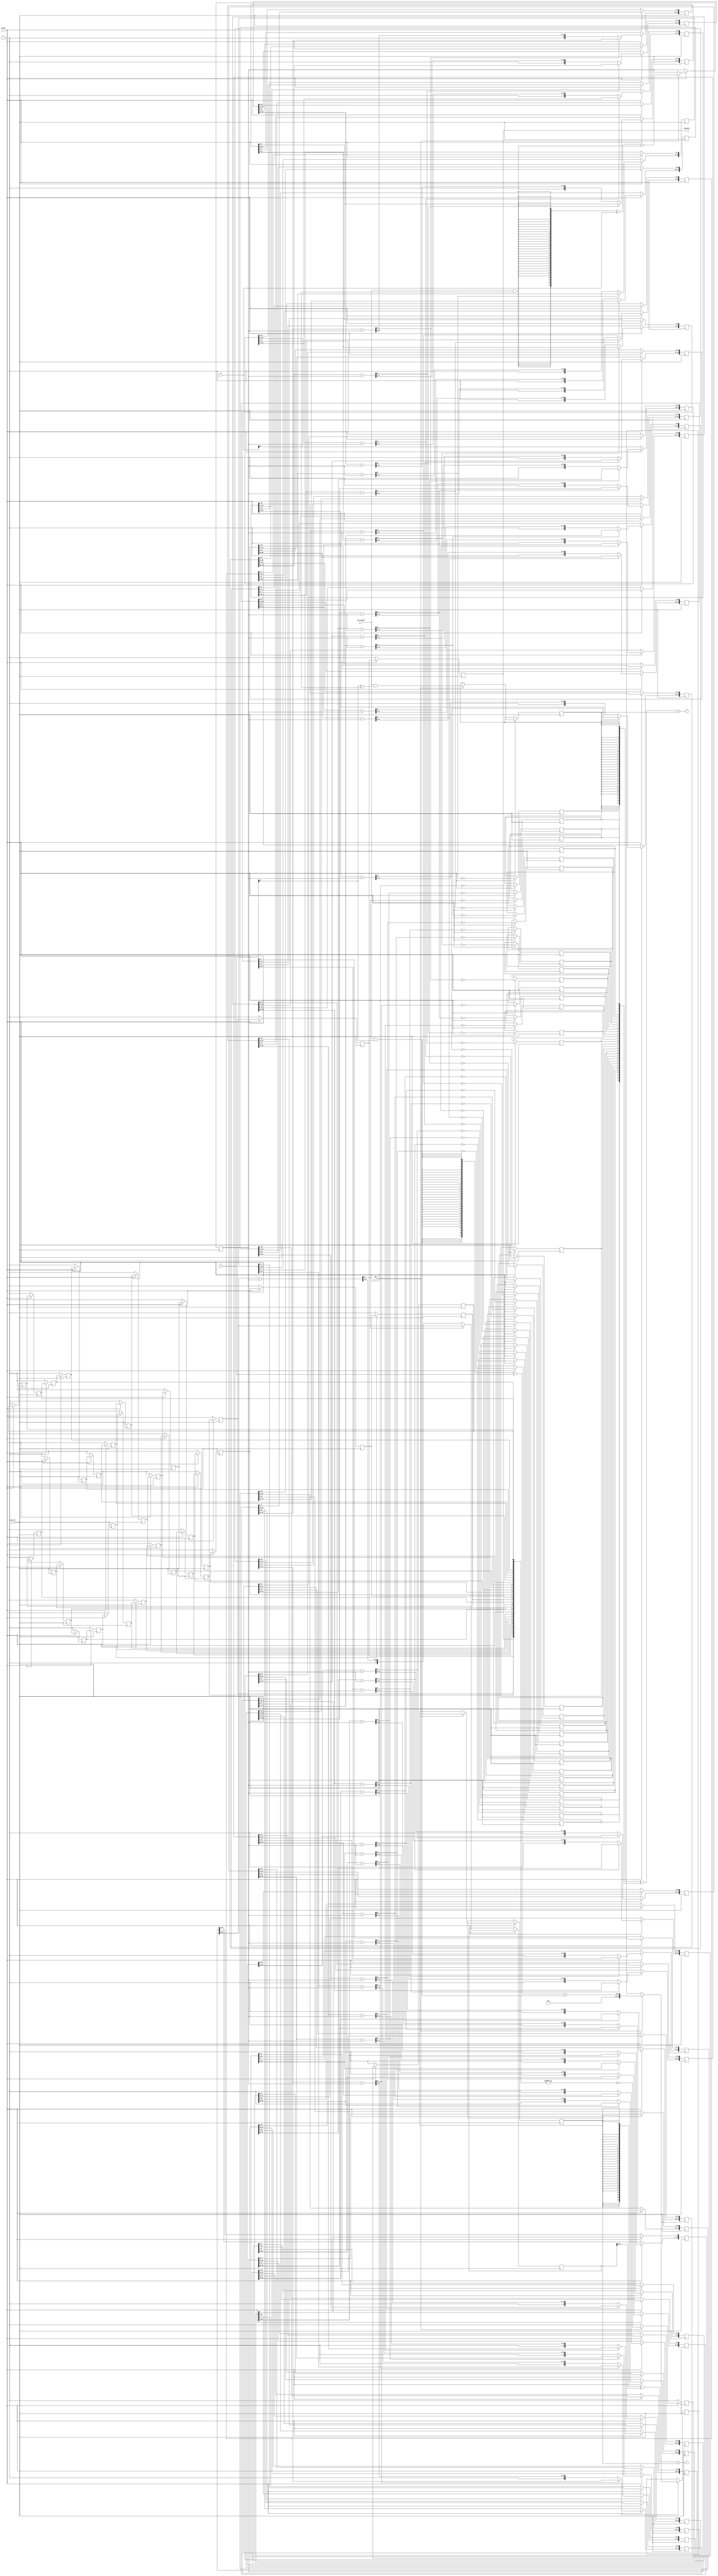
`timescale 10ns / 1ns
module div(
	input  wire        div_clk,
	input  wire        resetn,
	input  wire        div,
	input  wire        div_signed,
	input  wire [31:0] x,
	input  wire [31:0] y,
	output wire [31:0] s,
	output wire [31:0] r,
	output wire 	   complete
);

	reg           start;
	wire          x_sign;
	wire          y_sign;
	wire          s_sign;
	wire          r_sign;
	reg           s_sign_r;
	reg           r_sign_r;
	wire [  31:0] x_0;
	wire [  31:0] y_0;
	reg  [  63:0] x_div;
	reg  [  31:0] y_div;
	reg  [  31:0] count;
	wire [1055:0] divt;
	reg  [  31:0] s_r;
    reg  [2047:0] x_tmp;

	assign x_sign   = div_signed & x[31];
	assign y_sign   = div_signed & y[31];
	assign s_sign   = div_signed & (x[31] ^ y[31]);
	assign r_sign   = x_sign;
	assign s        = ({32{s_sign_r}}^s_r) + {30'd0,s_sign_r}; 
	assign r        = ({32{r_sign_r}}^x_tmp[2015:1984]) + r_sign_r;
	assign x_0      = (({32{x_sign}} ^ x) + x_sign);
	assign y_0      = (({32{y_sign}} ^ y) + y_sign);
	assign complete = count[31];

	always @(posedge div_clk)
	begin
		if(!resetn) begin
			start <= 1'b0;
		end
		else if(div) begin		
			x_div 	 <= {32'b0,x_0};
			y_div 	 <= y_0;
			s_sign_r <= s_sign;
			r_sign_r <= r_sign;
			start 	 <= ~(|count);
		end
		else begin
			start    <= 1'b0;
		end
	end
	
	assign divt[32:0]  = x_div[63:31] - {1'b0,y_div};
	generate genvar i;
        for (i = 1; i < 32; i = i + 1) begin
			assign divt[33*i+32:33*i]  = x_tmp[63*i-1:63*i-33] - {1'b0,y_div};
        end
    endgenerate

	always @(posedge div_clk)
	begin
		if(!resetn) begin
			count[0]               <= 1'b0;
		end
		else begin
			count[0]               <= start;
			s_r  [31]              <= !divt[32];
			x_tmp[63:31]           <= divt[32] ? x_div[63:31] : divt[32:0];
			x_tmp[30: 0]           <= x_div[30: 0];
		end
	end

    generate genvar j;
    for (j = 1; j < 31; j = j + 1) begin
	always @(posedge div_clk) begin
		if(!resetn) begin
			count[j]               <= 1'b0;
		end
		else begin
			count[j]               <= count[j-1];
			s_r  [31-j]            <= !divt[33*j+32];
			x_tmp[63*j+63:63*j+31] <= divt[33*j+32] ? x_tmp[63*j-1 : 63*j-33] : divt[33*j+32 : 33*j];
			x_tmp[63*j+30:64*j]	   <= x_tmp[63*j-34 : 64*j-64];
		end
	end
    end
    endgenerate

	always @(posedge div_clk)
	begin
		if(!resetn) begin
			count[31]              <= 1'b0;
		end
		else begin
            count[31]              <= count[30];
			s_r  [0]               <= !divt[1055];
			x_tmp[2016: 1984]      <= divt[1055] ? x_tmp[1952: 1920] : divt[1055:1023];
		end
	end
endmodule